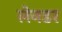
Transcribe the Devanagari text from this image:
लेनडर